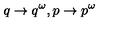
q \rightarrow q ^ { \omega } , p \rightarrow p ^ { \omega }